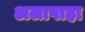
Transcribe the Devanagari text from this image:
अलापाहा